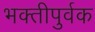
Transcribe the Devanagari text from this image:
भक्‍तीपुर्वक